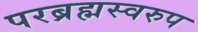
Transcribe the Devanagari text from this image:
परब्रह्मस्वरुप